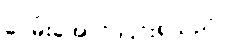
ဝေမိုးအောင် ငြင်းရသည်။